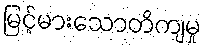
မြင့်မားသောတိကျမှု